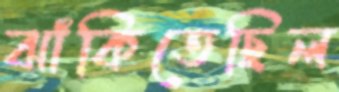
ঝাঁকিতেছিল